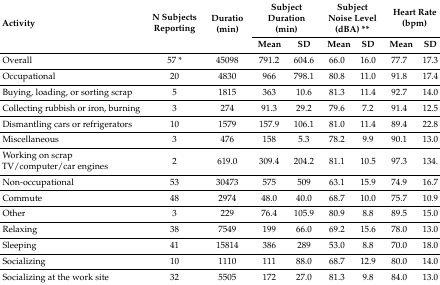
<table><thead><tr><td rowspan="2"><b>Activity</b></td><td rowspan="2"><b>N Subjects Reporting</b></td><td rowspan="2"><b>Duratio (min)</b></td><td colspan="2"><b>Subject Duration (min)</b></td><td colspan="2"><b>Subject Noise Level (dBA) **</b></td><td colspan="2"><b>Heart Rate (bpm)</b></td></tr><tr><td><b>Mean</b></td><td><b>SD</b></td><td><b>Mean</b></td><td><b>SD</b></td><td><b>Mean</b></td><td><b>SD</b></td></tr></thead><tbody><tr><td>Overall</td><td>57 *</td><td>45098</td><td>791.2</td><td>604.6</td><td>66.0</td><td>16.0</td><td>77.7</td><td>17.3</td></tr><tr><td>Occupational</td><td>20</td><td>4830</td><td>966</td><td>798.1</td><td>80.8</td><td>11.0</td><td>91.8</td><td>17.4</td></tr><tr><td>Buying, loading, or sorting scrap</td><td>5</td><td>1815</td><td>363</td><td>10.6</td><td>81.3</td><td>11.4</td><td>92.7</td><td>14.0</td></tr><tr><td>Collecting rubbish or iron, burning</td><td>3</td><td>274</td><td>91.3</td><td>29.2</td><td>79.6</td><td>7.2</td><td>91.4</td><td>12.5</td></tr><tr><td>Dismantling cars or refrigerators</td><td>10</td><td>1579</td><td>157.9</td><td>106.1</td><td>81.0</td><td>11.4</td><td>89.4</td><td>22.8</td></tr><tr><td>Miscellaneous</td><td>3</td><td>476</td><td>158</td><td>5.3</td><td>78.2</td><td>9.9</td><td>90.1</td><td>13.0</td></tr><tr><td>Working on scrap TV/computer/car engines</td><td>2</td><td>619.0</td><td>309.4</td><td>204.2</td><td>81.1</td><td>10.5</td><td>97.3</td><td>134.</td></tr><tr><td>Non-occupational </td><td>53</td><td>30473</td><td>575</td><td>509</td><td>63.1</td><td>15.9</td><td>74.9</td><td>16.7</td></tr><tr><td>Commute</td><td>48</td><td>2974</td><td>48.0</td><td>40.0</td><td>68.7</td><td>10.0</td><td>75.7</td><td>10.9</td></tr><tr><td>Other</td><td>3</td><td>229</td><td>76.4</td><td>105.9</td><td>80.9</td><td>8.8</td><td>89.5</td><td>15.0</td></tr><tr><td>Relaxing</td><td>38</td><td>7549</td><td>199</td><td>66.0</td><td>69.2</td><td>15.6</td><td>78.0</td><td>13.0</td></tr><tr><td>Sleeping</td><td>41</td><td>15814</td><td>386</td><td>289</td><td>53.0</td><td>8.8</td><td>70.0</td><td>18.0</td></tr><tr><td>Socializing</td><td>10</td><td>1110</td><td>111</td><td>88.0</td><td>68.7</td><td>12.9</td><td>80.0</td><td>14.0</td></tr><tr><td>Socializing at the work site</td><td>32</td><td>5505</td><td>172</td><td>27.0</td><td>81.3</td><td>9.8</td><td>84.0</td><td>13.0</td></tr></tbody></table>